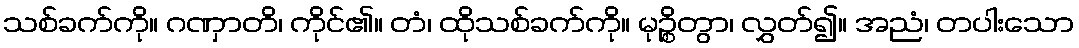
သစ်ခက်ကို။ ဂဏှာတိ၊ ကိုင်၏။ တံ၊ ထိုသစ်ခက်ကို။ မုဉ္စိတွာ၊ လွှတ်၍။ အညံ၊ တပါးသော